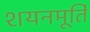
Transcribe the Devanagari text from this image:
शयनमूर्ति